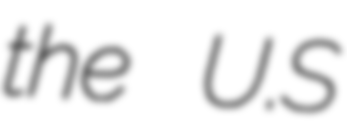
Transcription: the U.S